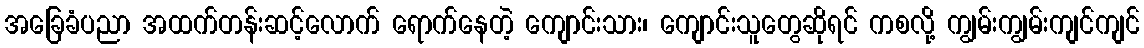
အခြေခံပညာ အထက်တန်းဆင့်လောက် ရောက်နေတဲ့ ကျောင်းသား၊ ကျောင်းသူတွေဆိုရင် ကစလို့ ကျွမ်းကျွမ်းကျင်ကျင်